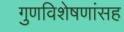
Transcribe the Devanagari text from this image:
गुणविशेषणांसह